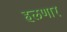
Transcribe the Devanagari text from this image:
हलणार